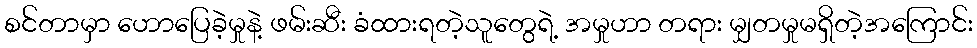
စင်တာမှာ ဟောပြေခဲ့မှုနဲ့ ဖမ်းဆီး ခံထားရတဲ့သူတွေရဲ့ အမှုဟာ တရား မျှတမှုမရှိတဲ့အကြောင်း